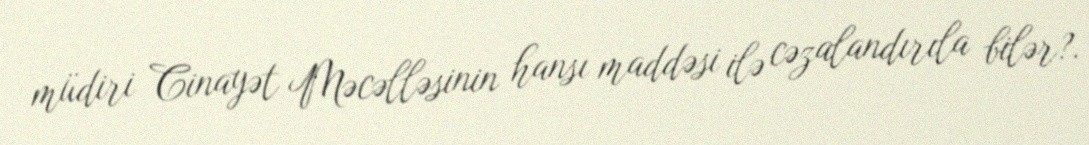
müdiri Cinayət Məcəlləsinin hansı maddəsi ilə cəzalandırıla bilər?.